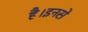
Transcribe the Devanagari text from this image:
है।इनसे